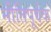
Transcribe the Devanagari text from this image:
नीतिपूर्वक